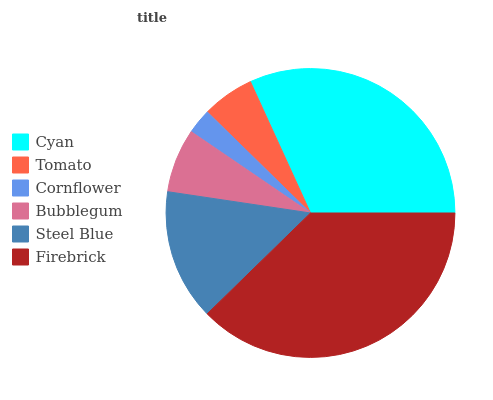
| Cyan | Tomato | Cornflower | Bubblegum | Steel Blue | Firebrick |
 | --- | --- | --- | --- | --- | --- |
 | 31.8% | 5.84% | 2.82% | 7.16% | 14.7% | 37.7% |